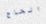
الحاج